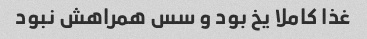
غذا کاملا یخ بود و سس همراهش نبود